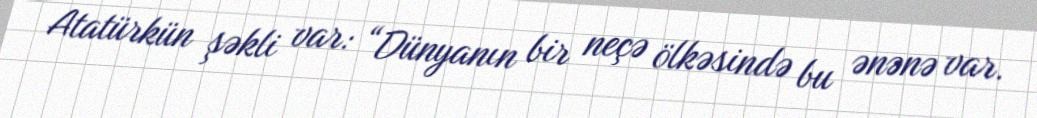
Atatürkün şəkli var: “Dünyanın bir neçə ölkəsində bu ənənə var.